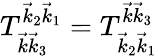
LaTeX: T_{\vec{k}\vec{k}_{3}}^{\vec{k}_{2}\vec{k}_{1}}=T_{\vec{k}_{2}\vec{k}_{1}}^{\vec{k}\vec{k}_{3}}